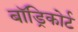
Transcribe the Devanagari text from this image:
बॉड्रिकोर्ट